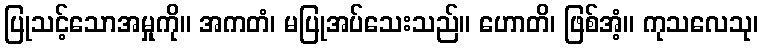
ပြုသင့်သောအမှုကို။ အကတံ၊ မပြုအပ်သေးသည်။ ဟောတိ၊ ဖြစ်အံ့။ ကုသလေသု၊